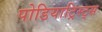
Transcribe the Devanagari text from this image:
पोडियाट्रिस्ट्स